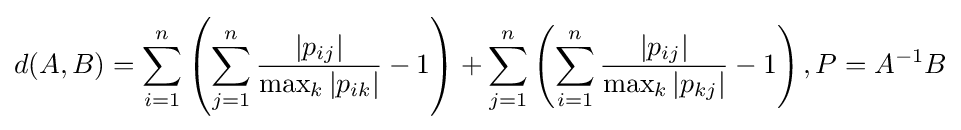
d(A,B)=\sum _{i=1}^{n}\left(\sum _{j=1}^{n}{\frac {|p_{ij}|}{\max _{k}|p_{ik}|}}-1\right)+\sum _{j=1}^{n}\left(\sum _{i=1}^{n}{\frac {|p_{ij}|}{\max _{k}|p_{kj}|}}-1\right),P=A^{-1}B